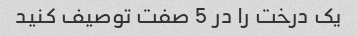
یک درخت را در 5 صفت توصیف کنید